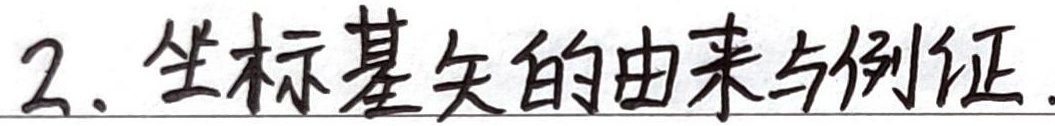
2. 坐标基矢的由来与例证.